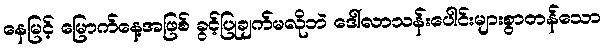
နေမြင့် မြောက်နေ့အဖြစ် ခွင့်ပြုချက်မလိုဘဲ ဒေါ်လာသန်းပေါင်းများစွာတန်သော